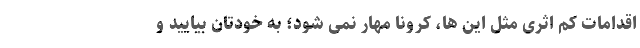
اقدامات کم اثری مثل این ها، کرونا مهار نمی شود؛ به خودتان بیایید و